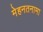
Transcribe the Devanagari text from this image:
मेहनतनामा